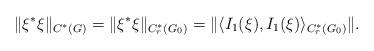
LaTeX: \begin{align*}\|\xi^* \xi\|_{C^*(G)} = \|\xi^* \xi\|_{C^*_r(G_0)} = \|\langle I_1(\xi), I_1(\xi)\rangle_{C^*_r(G_0)}\|.\end{align*}